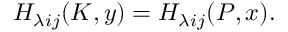
H _ { \lambda i j } ( K , y ) = H _ { \lambda i j } ( P , x ) .